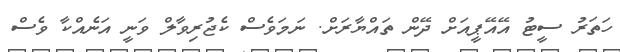
ހަތަރު ސީޓު އޭއޭޕީއަށް ދޭން ތައްޔާރަށް. ނަމަވެސް ކެޖުރިވާލް ވަނީ އަނެއްކާ ވެސް